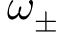
\omega _ { \pm }